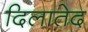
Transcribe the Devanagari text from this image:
दिलातेद